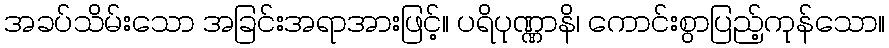
အခပ်သိမ်းသော အခြင်းအရာအားဖြင့်။ ပရိပုဏ္ဏာနိ၊ ကောင်းစွာပြည့်ကုန်သော။